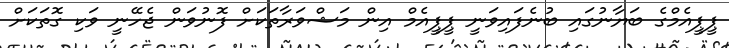
ޕީޕީއެމްގެ ބަޔާނުގައި ބުނެފައިވަނީ ޕީޕީއެމް އިން މަޝްވަރާތަކަށް ފޮނުވަން ޖެހޭނީ ވަކި ގޮތަކަށް